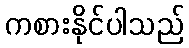
ကစားနိုင်ပါသည်